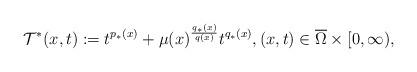
LaTeX: \begin{align*}\mathcal{T}^*(x,t):=t^{p_*(x)}+\mu(x)^{\frac{q_*(x)}{q(x)}}t^{q_*(x)},(x,t)\in \overline{\Omega}\times [0,\infty),\end{align*}